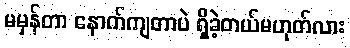
မမှန်တာ နောက်ကျတာပဲ ရှိခဲ့တယ်မဟုတ်လား